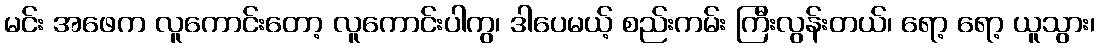
မင်း အဖေက လူကောင်းတော့ လူကောင်းပါကွ၊ ဒါပေမယ့် စည်းကမ်း ကြီးလွန်းတယ်၊ ရော့ ရော့ ယူသွား၊